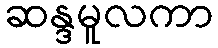
ဆန္ဒမူလကာ